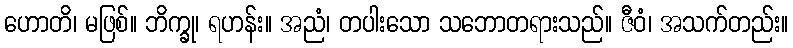
ဟောတိ၊ မဖြစ်။ ဘိက္ခု၊ ရဟန်း။ အညံ၊ တပါးသော သဘောတရားသည်။ ဇီဝံ၊ အသက်တည်း။